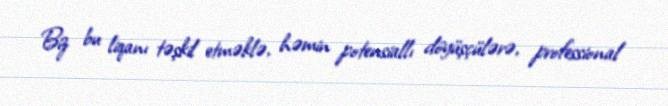
Biz bu liqanı təşkil etməklə, həmin potensiallı döyüşçülərə, professional